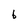
Character: b